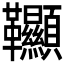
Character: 𩎌